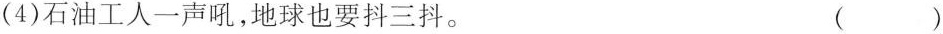
(4)石油工人一声吼，地球也要抖三抖。 ()